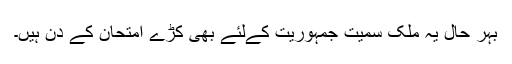
بہر حال یہ ملک سمیت جمہوریت کےلئے بھی کڑے امتحان کے دن ہیں۔